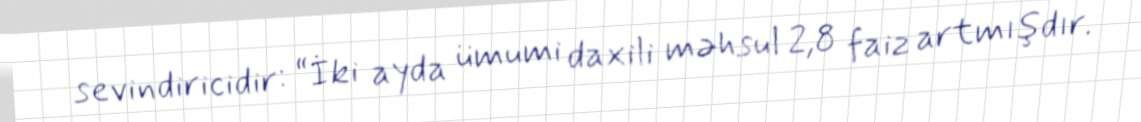
sevindiricidir: “İki ayda ümumi daxili məhsul 2,8 faiz artmışdır.